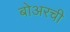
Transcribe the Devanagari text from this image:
बोअरची